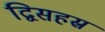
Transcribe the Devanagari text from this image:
द्विसहस्र